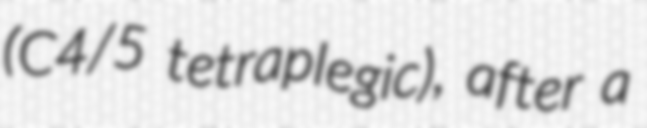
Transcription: (C4/5 tetraplegic), after a